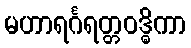
မဟာရင်္ဂရတ္တဝဒ္ဓိကာ